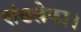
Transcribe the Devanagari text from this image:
रांडलेका।